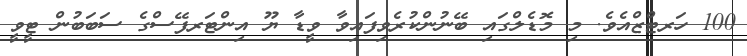
100 ހަރޓްޒްއެވެ. މި މޮޑެލްގައި ބޭނުންކުރެވިފައިވާ ވީޑާ ޔޫ އިންޓަރފޭސްގެ ސަބަބުން ޓީވީ